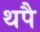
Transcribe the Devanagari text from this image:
थपै